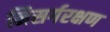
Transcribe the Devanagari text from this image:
निसर्गरक्षण